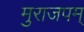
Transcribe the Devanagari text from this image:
मुराजपम्